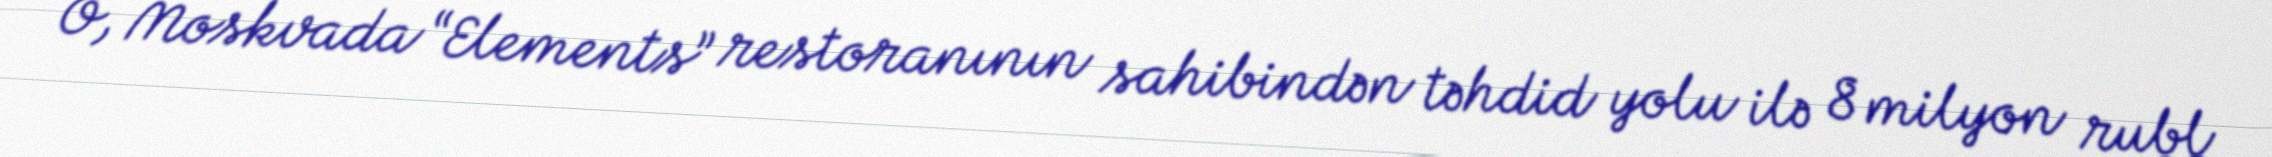
O, Moskvada “Elements” restoranının sahibindən təhdid yolu ilə 8 milyon rubl